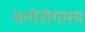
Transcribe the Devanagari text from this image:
मनोरोगमय